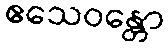
ဧသေဝန္တော